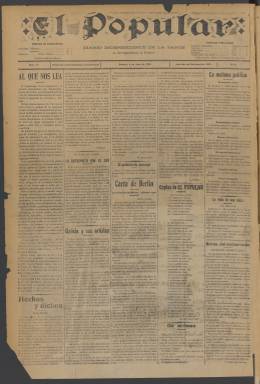
Título: El Popular (Madrid. 1912)
Colección: Periódicos
Ámbito geográfico: Madrid
Lugar de publicación: Madrid
Fechas: 06/07/1912-30/07/1912